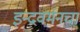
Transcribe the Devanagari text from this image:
इन्द्रवर्मनचा